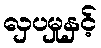
လှပမှုနှင့်